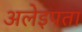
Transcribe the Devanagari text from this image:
अलेइपता